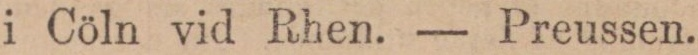
i Cöln vid Rhen. — Preussen.